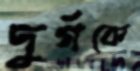
দুর্গকে